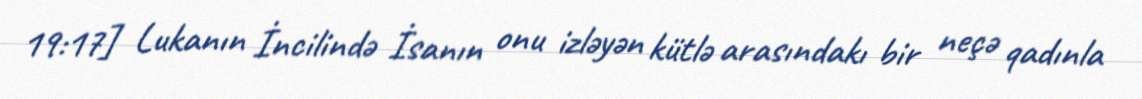
19:17] Lukanın İncilində İsanın onu izləyən kütlə arasındakı bir neçə qadınla